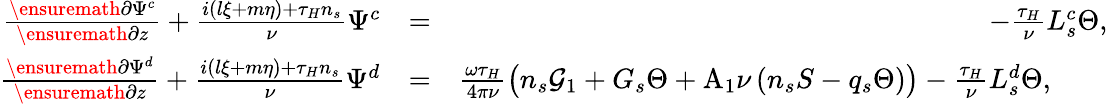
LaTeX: \begin{array}{rlr}{\frac{\ensuremath{\partial}\Psi^{c}}{\ensuremath{\partial}z}+\frac{i(l\xi+m\eta)+\tau_{H}n_{s}}{\nu}\Psi^{c}}&{=}&{-\frac{\tau_{H}}{\nu}L_{s}^{c}\Theta,}\\ {\frac{\ensuremath{\partial}\Psi^{d}}{\ensuremath{\partial}z}+\frac{i(l\xi+m\eta)+\tau_{H}n_{s}}{\nu}\Psi^{d}}&{=}&{\frac{\omega\tau_{H}}{4\pi\nu}\big(n_{s}\mathcal{G}_{1}+G_{s}\Theta+\mathrm{A_{1}}\nu\left(n_{s}S-q_{s}\Theta\right)\big)-\frac{\tau_{H}}{\nu}L_{s}^{d}\Theta,\qquad}\end{array}